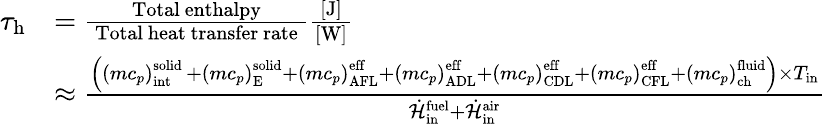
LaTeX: \begin{array}{rl}{\tau_{\mathrm{h}}}&{=\frac{\mathrm{~Total~enthalpy~}}{\mathrm{~Total~heat~transfer~rate~}}\frac{[\mathrm{J}]}{[\mathrm{W}]}}\\ &{\approx\frac{\left(\left(mc_{p}\right)_{\mathrm{{int}}}^{\mathrm{solid~}}+\left(mc_{p}\right)_{\mathrm{{E}}}^{\mathrm{{solid}}}+\left(mc_{p}\right)_{\mathrm{AFL}}^{\mathrm{{eff}}}+\left(mc_{p}\right)_{\mathrm{ADL}}^{\mathrm{{eff}}}+\left(mc_{p}\right)_{\mathrm{CDL}}^{\mathrm{{eff}}}+\left(mc_{p}\right)_{\mathrm{CFL}}^{\mathrm{{eff}}}+\left(mc_{p}\right)_{\mathrm{ch}}^{\mathrm{{fluid}}}\right)\times T_{\mathrm{in}}}{\dot{\mathcal{H}}_{\mathrm{in}}^{\mathrm{fuel}}+\dot{\mathcal{H}}_{\mathrm{{in}}}^{\mathrm{air}}}}\end{array}